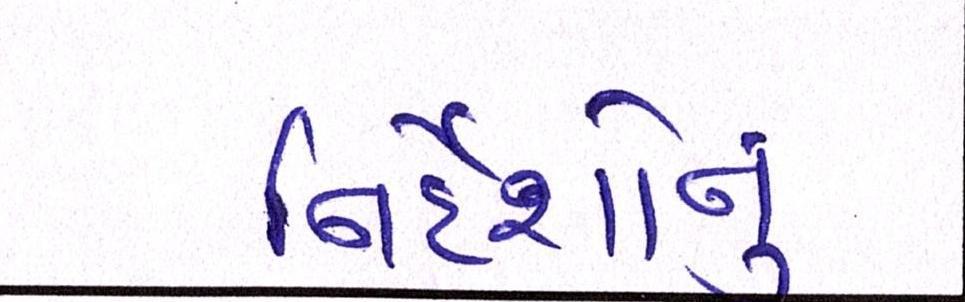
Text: નિર્દેશોનું